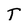
Character: T